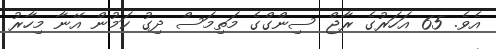
އެވެ. 65 އަހަރުގެ ރާޖް ސިންގްގެ މަތިމަސް ދިގު ކަމުން އޭނާ މިހާރު